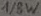
Text: 1/8W